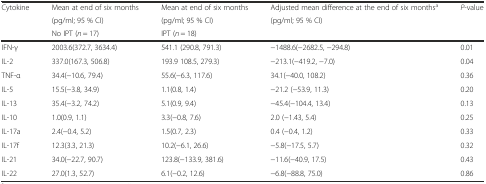
<table><thead><tr><td><b>Cytokine</b></td><td><b>Mean at end of six months</b></td><td><b>Mean at end of six months</b></td><td><b>Adjusted mean difference at the end of six months<sup>a</sup></b></td><td><b><i>P</i>-value</b></td></tr><tr><td></td><td><b>(pg/ml; 95 % CI)</b></td><td><b>(pg/ml; 95 % CI)</b></td><td><b>(pg/ml; 95 % CI)</b></td><td></td></tr><tr><td></td><td><b>No IPT (<i>n</i> = 17)</b></td><td><b>IPT (<i>n</i> = 18)</b></td><td></td><td></td></tr></thead><tbody><tr><td>IFN-γ</td><td>2003.6(372.7, 3634.4)</td><td>541.1 (290.8, 791.3)</td><td>−1488.6(−2682.5, −294.8)</td><td>0.01</td></tr><tr><td>IL-2</td><td>337.0(167.3, 506.8)</td><td>193.9 108.5, 279.3)</td><td>−213.1(−419.2, −7.0)</td><td>0.04</td></tr><tr><td>TNF-α</td><td>34.4(−10.6, 79.4)</td><td>55.6(−6.3, 117.6)</td><td>34.1(−40.0, 108.2)</td><td>0.36</td></tr><tr><td>IL-5</td><td>15.5(−3.8, 34.9)</td><td>1.1(0.8, 1.4)</td><td>−21.2 (−53.9, 11.3)</td><td>0.20</td></tr><tr><td>IL-13</td><td>35.4(−3.2, 74.2)</td><td>5.1(0.9, 9.4)</td><td>−45.4(−104.4, 13.4)</td><td>0.13</td></tr><tr><td>IL-10</td><td>1.0(0.9, 1.1)</td><td>3.3(−0.8, 7.6)</td><td>2.0 (−1.43, 5.4)</td><td>0.25</td></tr><tr><td>IL-17a</td><td>2.4(−0.4, 5.2)</td><td>1.5(0.7, 2.3)</td><td>0.4 (−0.4, 1.2)</td><td>0.33</td></tr><tr><td>IL-17f</td><td>12.3(3.3, 21.3)</td><td>10.2(−6.1, 26.6)</td><td>−5.8(−17.5, 5.7)</td><td>0.32</td></tr><tr><td>IL-21</td><td>34.0(−22.7, 90.7)</td><td>123.8(−133.9, 381.6)</td><td>−11.6(−40.9, 17.5)</td><td>0.43</td></tr><tr><td>IL-22</td><td>27.0(1.3, 52.7)</td><td>6.1(−0.2, 12.6)</td><td>−6.8(−88.8, 75.0)</td><td>0.86</td></tr></tbody></table>